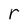
Character: r